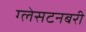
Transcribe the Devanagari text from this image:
ग्लेसटनबरी